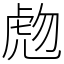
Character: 虝